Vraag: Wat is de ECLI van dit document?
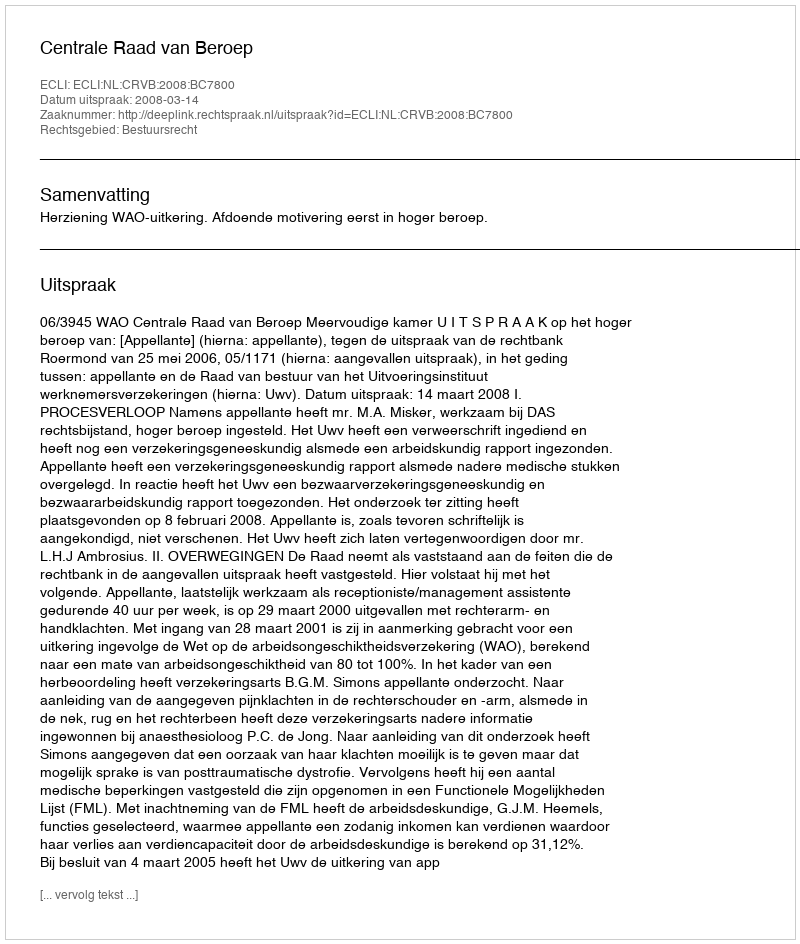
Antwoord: ECLI:NL:CRVB:2008:BC7800